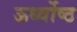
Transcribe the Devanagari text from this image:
ऊर्ध्वोष्ठ